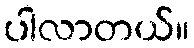
ပါလာတယ်။